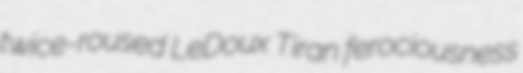
twice-roused LeDoux Tiran ferociousness